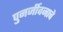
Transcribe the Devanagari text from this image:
पुनर्जीवनाचे